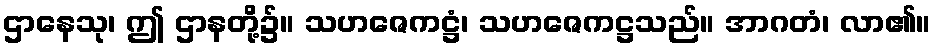
ဌာနေသု၊ ဤ ဌာနတို့၌။ သဟဇေကဋ္ဌံ၊ သဟဇေကဋ္ဌသည်။ အာဂတံ၊ လာ၏။